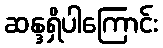
ဆန္ဒရှိပါကြောင်း